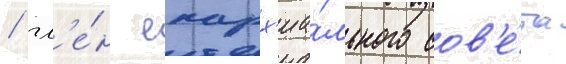
/ чл'е́н епарх'иа́льного сов'е́та